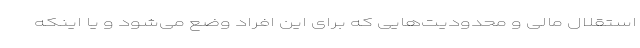
استقلال مالی و محدودیت‌هایی که برای این افراد وضع می‌شود و یا اینکه